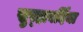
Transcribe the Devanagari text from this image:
सुर्‍हावर्दिया